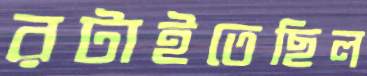
রটাইতেছিল